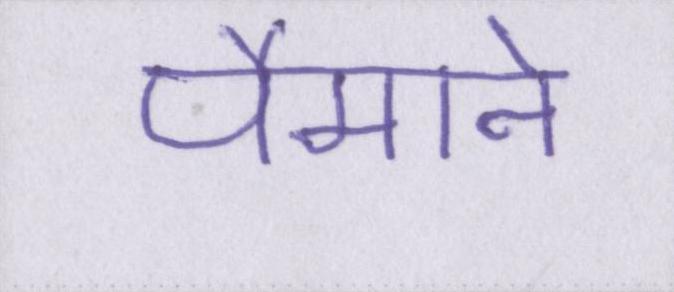
पैमाने